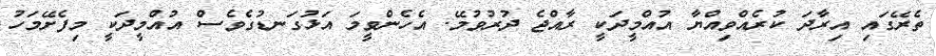
ތެރޭގައި އިރާދަ ކުރެއްވިއްޔާ އުއްމީދަކީ ރާއްޖެ ދުރުވުމޭ. އެހެންވީމަ އަޅުގަނޑުގެވެސް އުއްމީދަކީ މިފެށޭމަހު